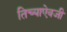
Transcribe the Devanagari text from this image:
तिच्याऐवजी